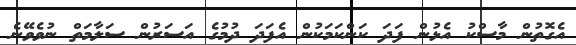
އެގޮތުން މާސްކު އެޅުން ފަދަ ކަންކަމަކުން އެފަދަ ދުމުގެ އަސަރުން ސަލާމަތް ނުވެވޭނެ